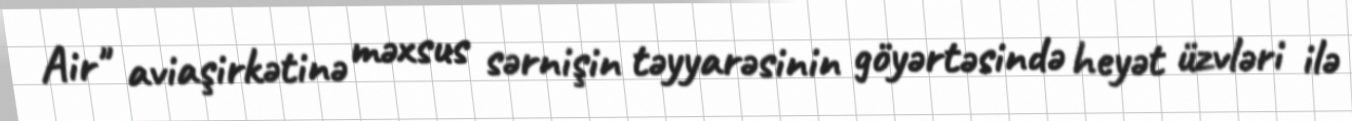
Air" aviaşirkətinə məxsus sərnişin təyyarəsinin göyərtəsində heyət üzvləri ilə